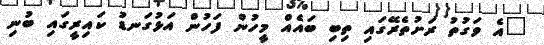
"އެ ވަގުތު ރަށުތެރޭގައި ތިބި ބައެއް މީހުން ފަހުން އަޅުގަނޑު ކައިރީގައި ބުނި